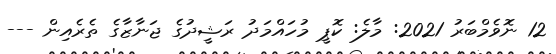
12 ނޮވެމްބަރު 2021: މާލެ: ކޮޕީ މުހައްމަދު ރަޝީދުގެ ޖަނާޒާގެ ތެރެއިން ---